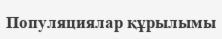
Популяциялар құрылымы